Scientific memoirs by medical officers of the Army of India - Part VI,
Year: 1891
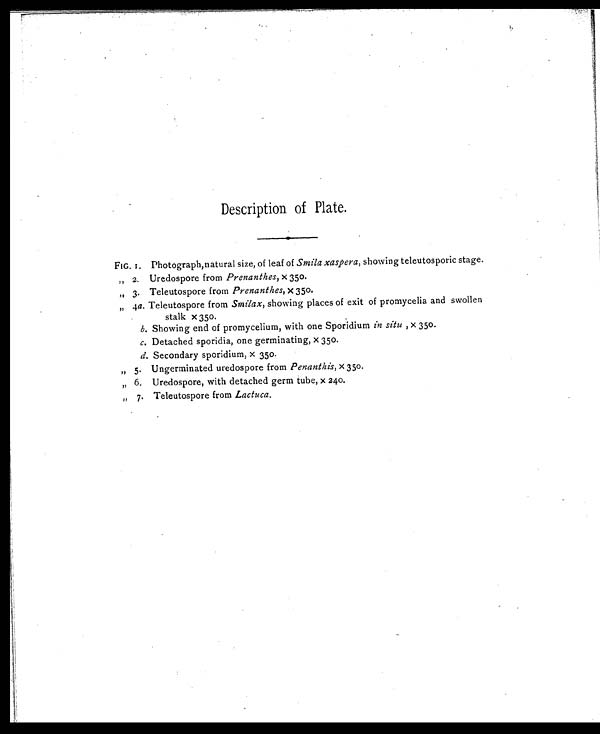
Description of Plate.
FIG. 1. Photograph, natural size, of leaf of Smila xaspera, showing teleutosporic stage.
"
" 2. Uredospore from Prenanthes, x 350.
„ 3. Teleutospore from Prenanthes, X 350.
„ 4a. Teleutospore from Smilax, showing places of exit of promycelia and swollen
stalk X 350.
b. Showing end of promycelium, with one Sporidium in situ , x 350.
c. Detached sporidia, one germinating, x 350.
d. Secondary sporidium, x 350.
„ 5. Ungerminated uredospore from Penanthis, X 350.
„ 6. Uredospore, with detached germ tube, x 240.
„ 7. Teleutospore from Lactuca.